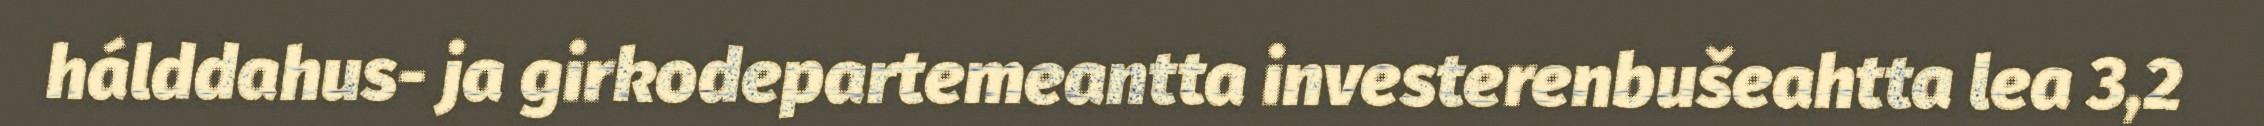
hálddahus- ja girkodepartemeantta investerenbušeahtta lea 3,2